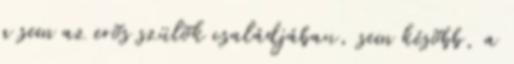
a sem az erõs szülõk családjában, sem késõbb, a